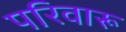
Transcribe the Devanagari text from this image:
परिवारू